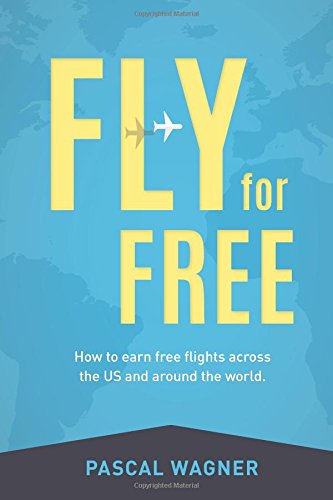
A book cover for Fly For Free: How To Earn Free Flights Across The US And Around The World; Pascal Wagner; Travel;